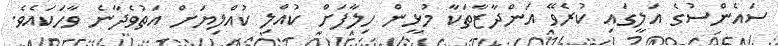
ސައެންސުގެ އަލީގައި ކުރެވޭ އަންދާޒާތަކާ މުޅީން ހިލާފަށް ކުއްލި ކުއްލިޔަށް އަތުވެދާނެ ވާހަކައެވެ.